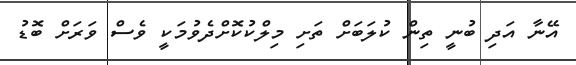
އޭނާ އަދި ބުނީ ތިން ކުލަބަށް ތަށި މިލްކުކޮށްދެވުމަކީ ވެސް ވަރަށް ބޮޑު